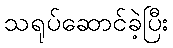
သရုပ်ဆောင်ခဲ့ပြီး